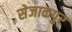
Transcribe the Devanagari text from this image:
सेजाकपुर